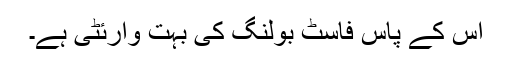
اس کے پاس فاسٹ بولنگ کی بہت وارئٹی ہے۔